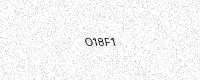
Text: O18F1